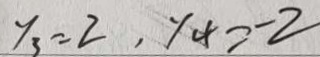
y _ { 3 } = 2 , y _ { 4 } = - 2